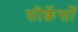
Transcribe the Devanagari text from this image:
सीक्वेंसों